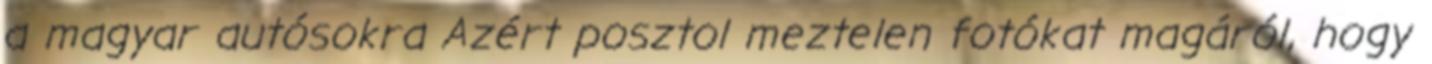
a magyar autósokra Azért posztol meztelen fotókat magáról, hogy